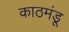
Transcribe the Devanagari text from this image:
काठमंडू